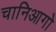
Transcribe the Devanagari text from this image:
चानिआगो